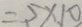
= 5 \times 1 0